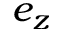
e _ { z }